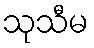
သုသီမ